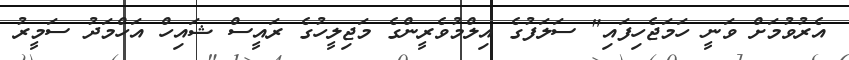
އެރުވުމަށް ވަނީ ހަމަޖެހިފައި" ސަލަފުގެ އިލްމުވެރީންގެ މަޖިލީހުގެ ރައީސް ޝައިހް އަހްމަދު ސަމީރު